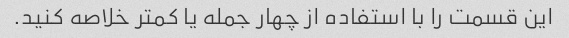
این قسمت را با استفاده از چهار جمله یا کمتر خلاصه کنید.